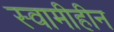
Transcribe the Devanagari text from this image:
स्वामीहीन